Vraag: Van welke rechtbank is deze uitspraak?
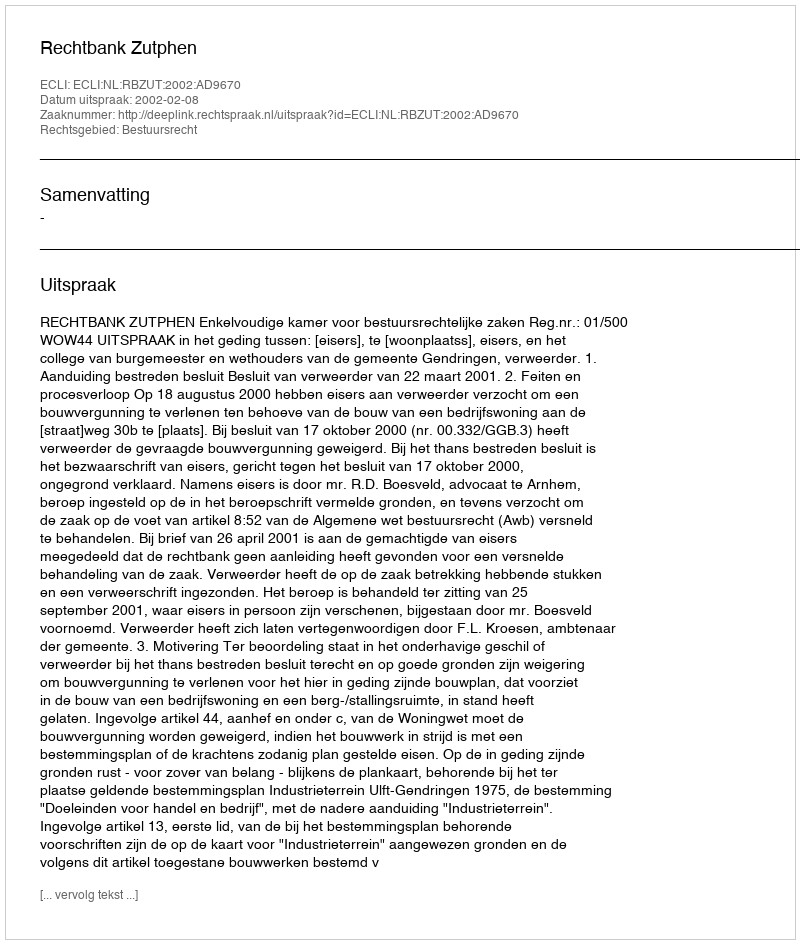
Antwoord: Rechtbank Zutphen